Summary of further report on surra
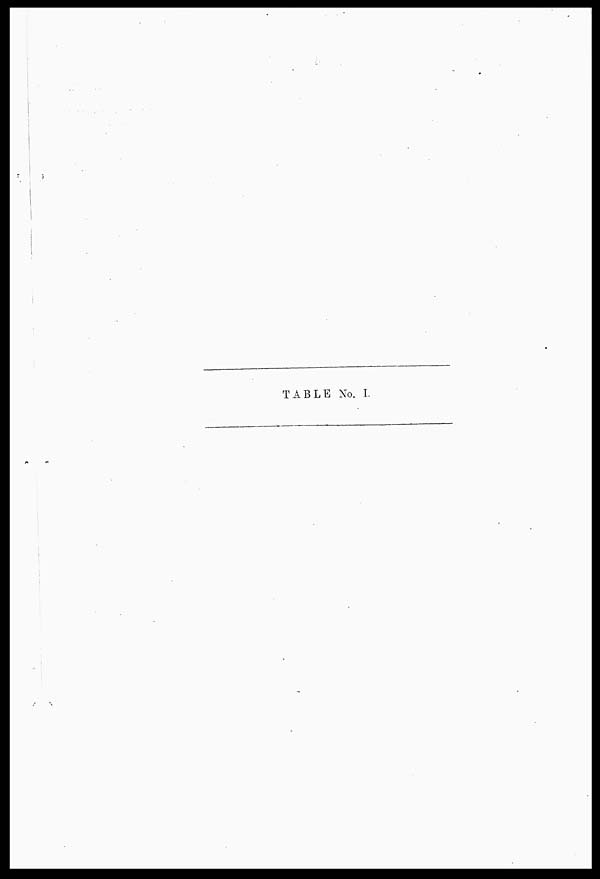
TABLE No. I.